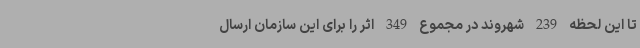
تا این لحظه 239 شهروند در مجموع 349 اثر را برای این سازمان ارسال